Report on vaccination in Madras 1922-1929 - 1922-1929
Year: 1922
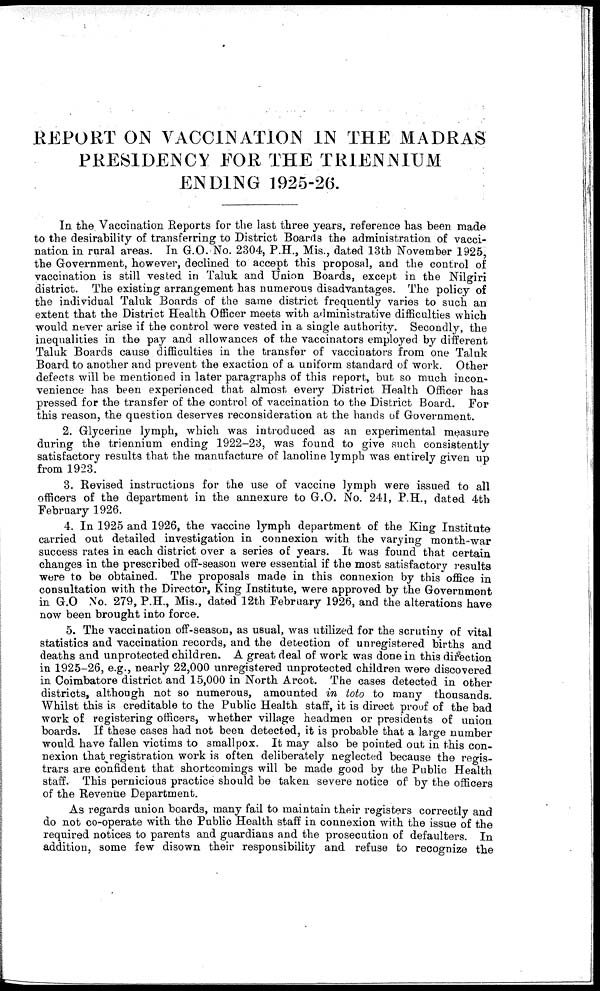
REPORT ON VACCINATION IN THE MADRAS
PRESIDENCY FOR THE TRIENNIUM
ENDING 1925-26.
In the Vaccination Reports for the last three years, reference has been made
to the desirability of transferring to District Boards the administration of vacci-
nation in rural areas. In G.O. No. 2304, P.H., Mis., dated 13th November 1925,
the Government, however, declined to accept this proposal, and the control of
vaccination is still vested in Taluk and Union Boards, except in the Nilgiri
district. The existing arrangement has numerous disadvantages. The policy of
the individual Taluk Boards of the same district frequently varies to such an
extent that the District Health Officer meets with administrative difficulties which
would never arise if the control were vested in a single authority. Secondly, the
inequalities in the pay and allowances of the vaccinators employed by different
Taluk Boards cause difficulties in the transfer of vaccinators from one Taluk
Board to another and prevent the exaction of a uniform standard of work. Other
defects will be mentioned in later paragraphs of this report, but so much incon-
venience has been experienced that almost every District Health Officer has
pressed for the transfer of the control of vaccination to the District Board. For
this reason, the question deserves reconsideration at the hands of Government.
2. Glycerine lymph, which was introduced as an experimental measure
during the triennium ending 1922-23, was found to give such consistently
satisfactory results that the manufacture of lanoline lymph was entirely given up
from 1923.
3. Revised instructions for the use of vaccine lymph were issued to all
officers of the department in the annexure to G.O. No. 241, P.H., dated 4th
February 1926.
4. In 1925 and 1926, the vaccine lymph department of the King Institute
carried out detailed investigation in connexion with the varying month-war
success rates in each district over a series of years. It was found that certain
changes in the prescribed off-season were essential if the most satisfactory results
were to be obtained. The proposals made in this connexion by this office in
consultation with the Director, King Institute, were approved by the Government
in G.O No. 279, P.H., Mis., dated 12th February 1926, and the alterations have
now been brought into force.
5. The vaccination off-season, as usual, was utilized for the scrutiny of vital
statistics and vaccination records, and the detection of unregistered births and
deaths and unprotected children. A great deal of work was done in this direction
in 1925-26, e.g., nearly 22,000 unregistered unprotected children were discovered
in Coimbatore district and 15,000 in North Arcot. The cases detected in other
districts, although not so numerous, amounted in toto to many thousands.
Whilst this is creditable to the Public Health staff, it is direct proof of the bad
work of registering officers, whether village headmen or presidents of union
boards. If these cases had not been detected, it is probable that a large number
would have fallen victims to smallpox. It may also be pointed out in this con-
nexion that registration work is often deliberately neglected because the regis-
trars are confident that shortcomings will be made good by the Public Health
staff. This pernicious practice should be taken severe notice of by the officers
of the Revenue Department.
As regards union boards, many fail to maintain their registers correctly and
do not co-operate with the Public Health staff in connexion with the issue of the
required notices to parents and guardians and the prosecution of defaulters. In
addition, some few disown their responsibility and refuse to recognize the